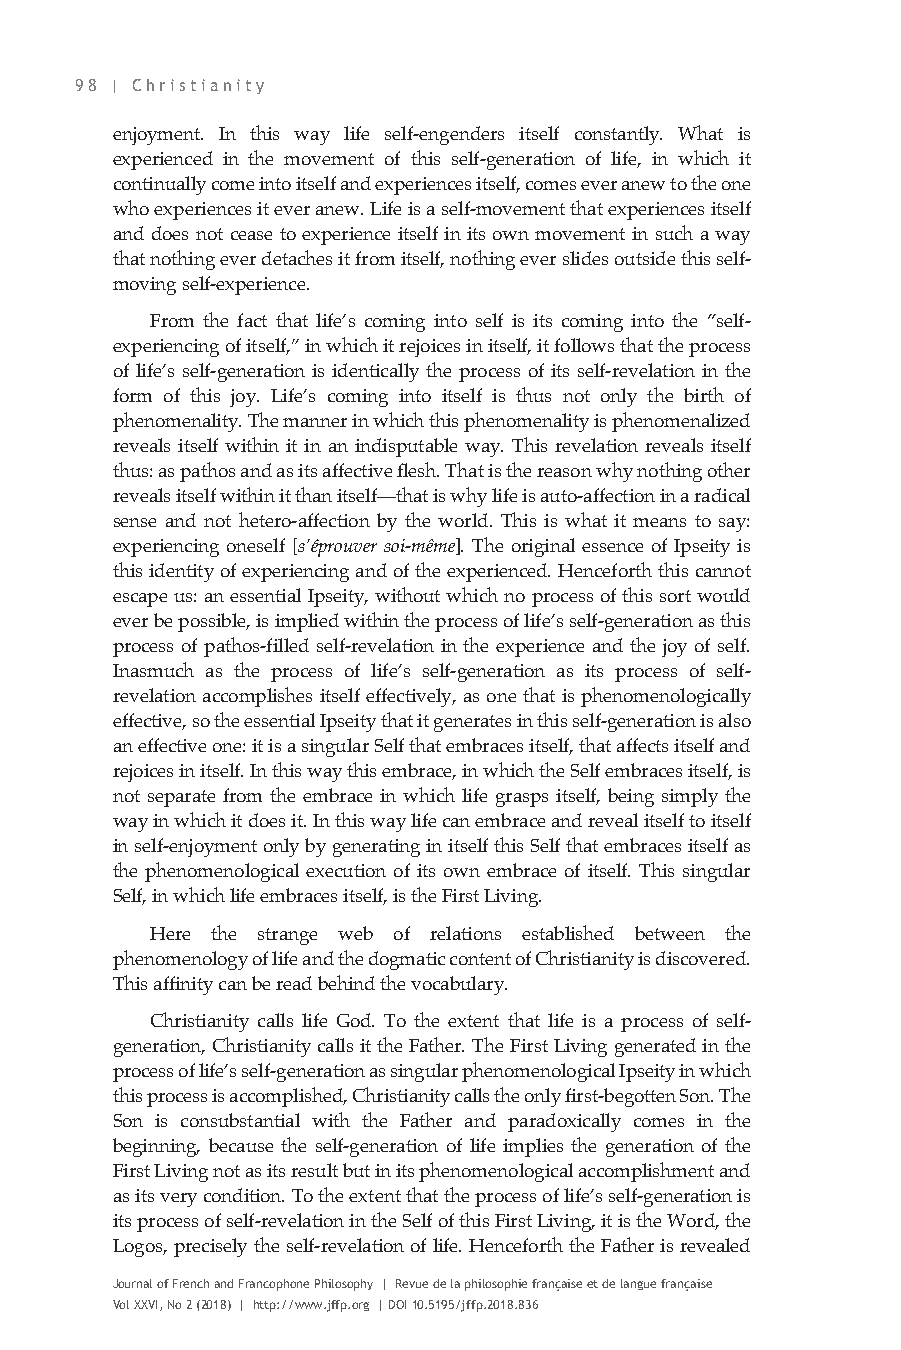
98 | Christianity
 enjoyment. In this way life self-engenders itself constantly. What is
 experienced in the movement of this self-generation of life, in which it
 continually come into itself and experiences itself, comes ever anew to the one
 who experiences it ever anew. Life is a self-movement that experiences itself
 and does not cease to experience itself in its own movement in such a way
 that nothing ever detaches it from itself, nothing ever slides outside this self-
 moving self-experience.
 From the fact that life’s coming into self is its coming into the “self-
 experiencing of itself,” in which it rejoices in itself, it follows that the process
 of life’s self-generation is identically the process of its self-revelation in the
 form of this joy. Life’s coming into itself is thus not only the birth of
 phenomenality. The manner in which this phenomenality is phenomenalized
 reveals itself within it in an indisputable way. This revelation reveals itself
 thus: as pathos and as its affective flesh. That is the reason why nothing other
 reveals itself within it than itself—that is why life is auto-affection in a radical
 sense and not hetero-affection by the world. This is what it means to say:
 experiencing oneself [s’éprouver soi-même]. The original essence of Ipseity is
 this identity of experiencing and of the experienced. Henceforth this cannot
 escape us: an essential Ipseity, without which no process of this sort would
 ever be possible, is implied within the process of life’s self-generation as this
 process of pathos-filled self-revelation in the experience and the joy of self.
 Inasmuch as the process of life’s self-generation as its process of self-
 revelation accomplishes itself effectively, as one that is phenomenologically
 effective, so the essential Ipseity that it generates in this self-generation is also
 an effective one: it is a singular Self that embraces itself, that affects itself and
 rejoices in itself. In this way this embrace, in which the Self embraces itself, is
 not separate from the embrace in which life grasps itself, being simply the
 way in which it does it. In this way life can embrace and reveal itself to itself
 in self-enjoyment only by generating in itself this Self that embraces itself as
 the phenomenological execution of its own embrace of itself. This singular
 Self, in which life embraces itself, is the First Living.
 Here the strange web of relations established between the
 phenomenology of life and the dogmatic content of Christianity is discovered.
 This affinity can be read behind the vocabulary.
 Christianity calls life God. To the extent that life is a process of self-
 generation, Christianity calls it the Father. The First Living generated in the
 process of life’s self-generation as singular phenomenological Ipseity in which
 this process is accomplished, Christianity calls the only first-begotten Son. The
 Son is consubstantial with the Father and paradoxically comes in the
 beginning, because the self-generation of life implies the generation of the
 First Living not as its result but in its phenomenological accomplishment and
 as its very condition. To the extent that the process of life’s self-generation is
 its process of self-revelation in the Self of this First Living, it is the Word, the
 Logos, precisely the self-revelation of life. Henceforth the Father is revealed
 Journal of French and Francophone Philosophy | Revue de la philosophie française et de langue française
 Vol XXVI, No 2 (2018) | http://www.jffp.org | DOI 10.5195/jffp.2018.836